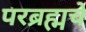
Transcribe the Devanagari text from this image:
परब्रह्मचे